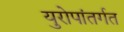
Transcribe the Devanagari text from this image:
युरोपांतर्गत